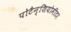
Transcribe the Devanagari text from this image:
पोटैन्शियोमीटर